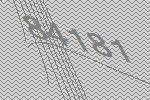
84181